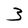
Character: 3